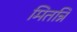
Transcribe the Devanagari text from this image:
मितन्नि